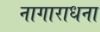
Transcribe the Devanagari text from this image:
नागाराधना